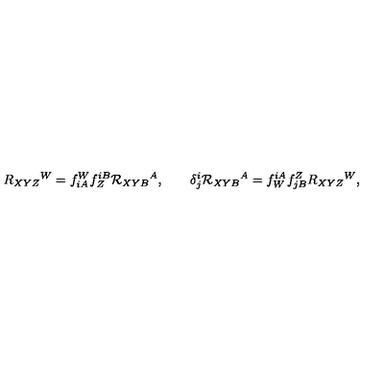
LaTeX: R _ { X Y Z } { } ^ { W } = f _ { i A } ^ { W } f _ { Z } ^ { i B } { \cal R } _ { X Y B } { } ^ { A } , \qquad \delta _ { j } ^ { i } { \cal R } _ { X Y B } { } ^ { A } = f _ { W } ^ { i A } f _ { j B } ^ { Z } R _ { X Y Z } { } ^ { W } ,